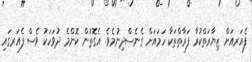
ފެއަރއަށް ޒިޔާރަތްކުރާ ފަރާތްތަކާ ހަމައަށް ގެނެސްދިނުމެވެ. އެގޮތުން ކޮންމެ ދުވަހަކު ވެސް ފެއަރގައި